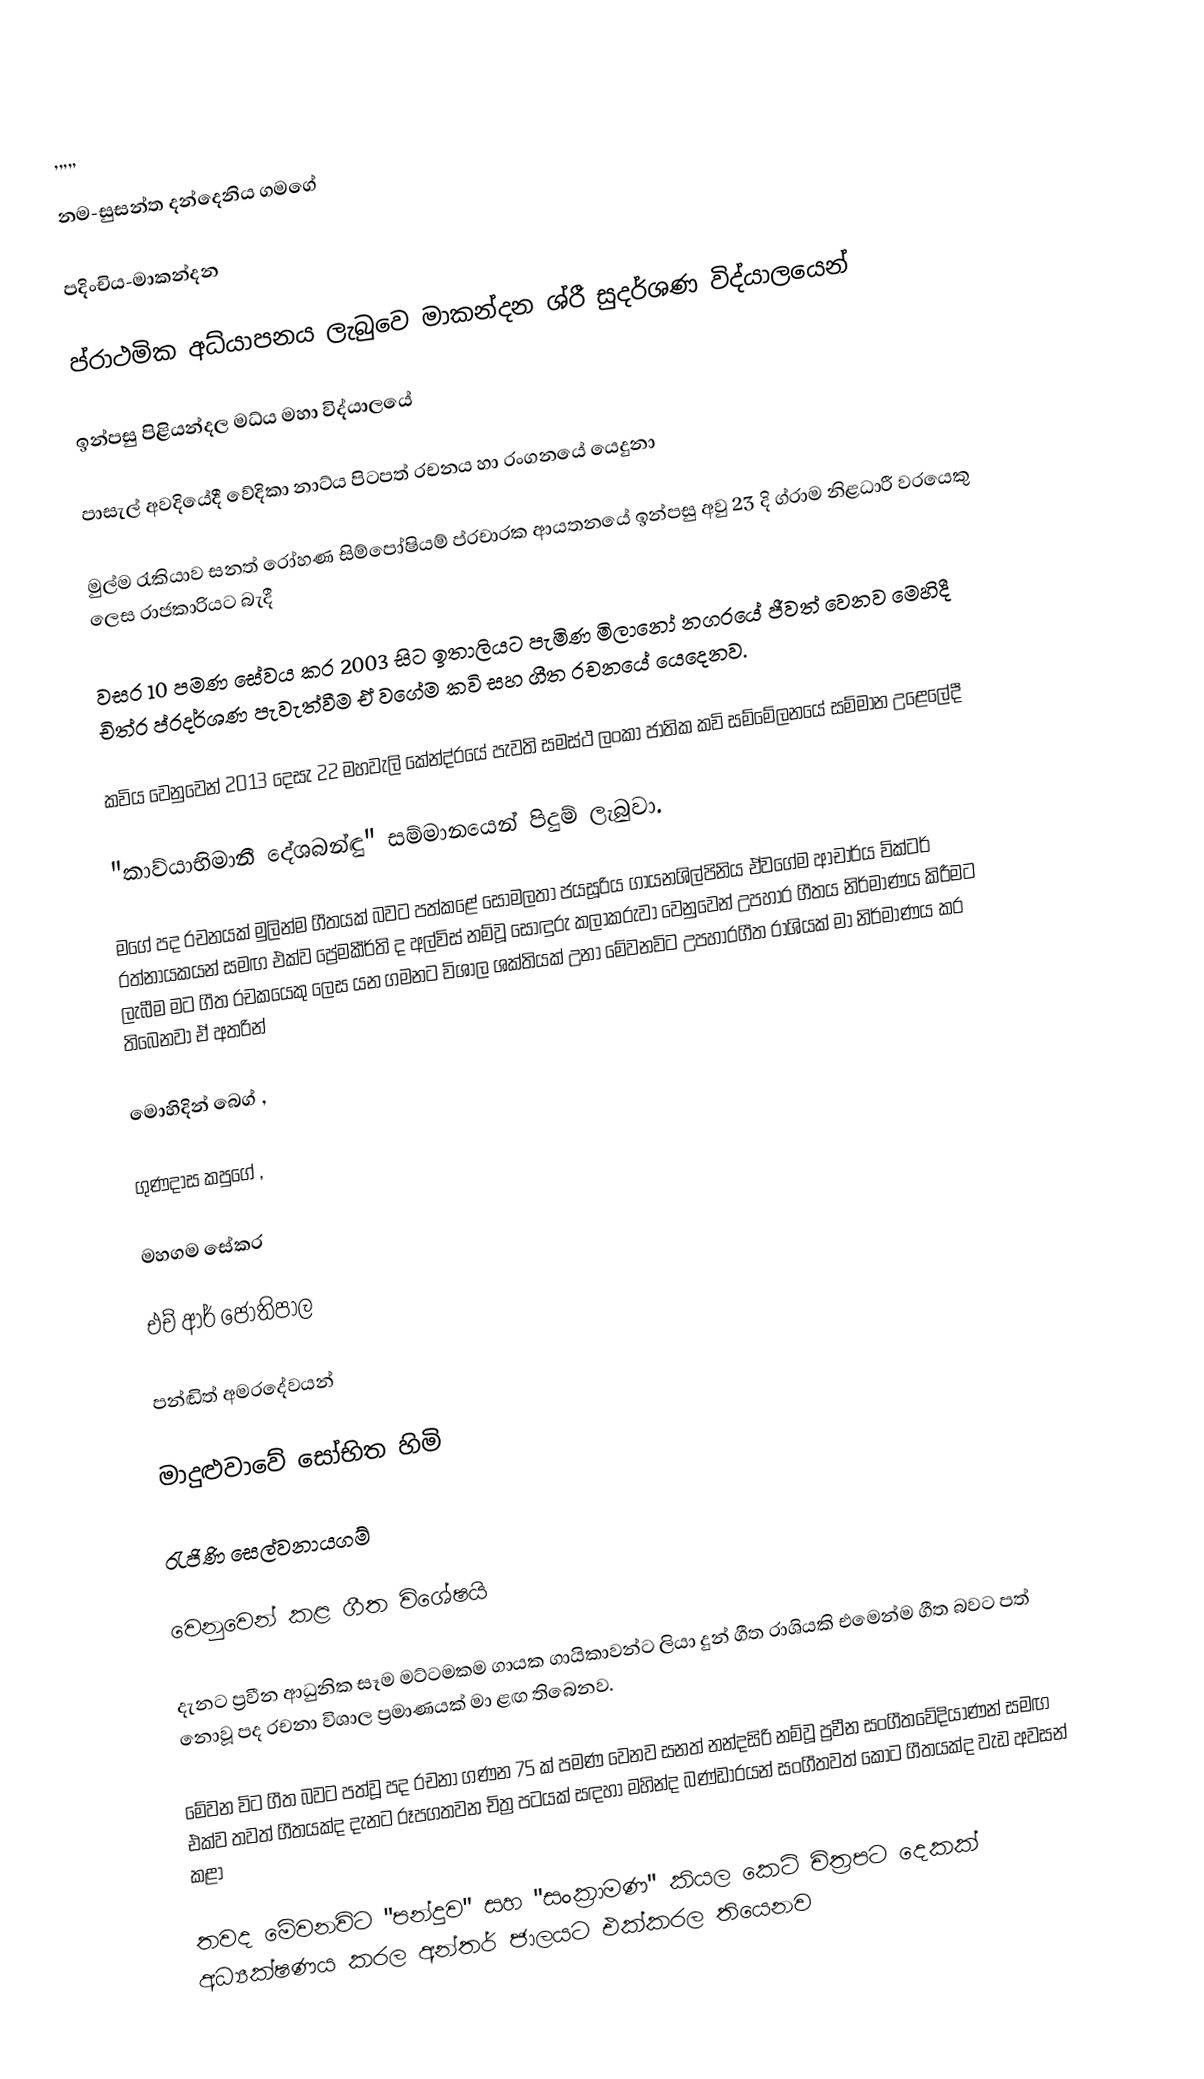
,,,,,

නම-සුසන්ත දන්දෙනිය ගමගේ

පදිංචිය-මාකන්දන

ප්රාථමික අධ්යාපනය ලැබුවෙ මාකන්දන ශ්රී සුදර්ශණ විද්යාලයෙන්

ඉන්පසු පිළියන්දල මධ්ය මහා විද්යාලයේ 

පාසැල් අවදියේදී වේදිකා නාට්ය පිටපත් රචනය හා රංගනයේ යෙදුනා

මුල්ම රැකියාව සනත් රෝහණ සිම්පෝෂියම් ප්රචාරක ආයතනයේ ඉන්පසු අවු 23 දි ග්රාම නිළධාරී වරයෙකු ලෙස රාජකාරියට බැදී 

වසර 10 පමණ සේවය කර 2003 සිට ඉතාලියට පැමිණ මිලානෝ නගරයේ ජීවත් වෙනව මෙහිදී චිත්ර ප්රදර්ශණ පැවැත්වීම ඒ වගේම කවි සහ ගීත රචනයේ යෙදෙනව.

කවිය වෙනුවෙන් 2013 දෙසැ 22 මහවැලි කේන්ද්රයේ පැවති සමස්ථ ලංකා ජාතික කවි සම්මේලනයේ සම්මාන උළෙලේදී 

"කාව්යාභිමානී දේශබන්ඳු" සම්මානයෙන් පිදුම් ලැබුවා.

මගේ පද රචනයක් මුලින්ම ගීතයක් බවට පත්කළේ සෝමලතා ජයසූරිය ගායනශිල්පිනිය ඒවගේම ආචාර්ය වික්ටර් රත්නායකයන් සමඟ එක්ව ප්‍රේමකීර්ති ද අල්විස් නම්වූ සොඳුරු කලාකරුවා වෙනුවෙන් උපහාර ගීතය නිර්මාණය කිරීමට ලැබීම මට ගීත රචකයෙකු ලෙස යන ගමනට විශාල ශක්තියක් උනා මේවනවිට උපහාරගීත රාශියක් මා නිර්මාණය කර තිබෙනවා ඒ අතරින්

මොහිදින් බෙග් ,

ගුණදාස කපුගේ ,

මහගම සේකර

එච් ආර් ජෝතිපාල

පන්ඬිත් අමරදේවයන්

මාදුළුවාවේ සෝභිත හිමි

රැජිණි සෙල්වනායගම්

වෙනුවෙන් කළ ගීත විශේෂයි

දැනට ප්‍රවීන ආධුනික සෑම මට්ටමකම ගායක ගායිකාවන්ට ලියා දුන් ගීත රාශියකි එමෙන්ම ගීත බවට පත් නොවූ පද රචනා විශාල ප්‍රමාණයක් මා ළඟ තිබෙනව.

මේවන විට ගීත බවට පත්වූ පද රචනා ගණන 75 ක්  පමණ වෙනව   සනත් නන්දසිරි නම්වූ ප්‍රවීන සංගීතවේදියාණන් සමඟ එක්ව තවත් ගීතයක්ද දැනට රූපගතවන චිත්‍ර පටයක් සඳහා මහින්ද බණ්ඩාරයන් සංගීතවත් කොට ගීතයක්ද වැඩ අවසන් කළා

තවද මේවනවිට "පන්දුව" සහ "සංක්‍රාමණ" කියල කෙටි චිත්‍රපට දෙකක් අධ්‍යක්ෂණය කරල අන්තර් ජාලයට එක්කරල තියෙනව